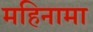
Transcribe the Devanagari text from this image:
महिनामा